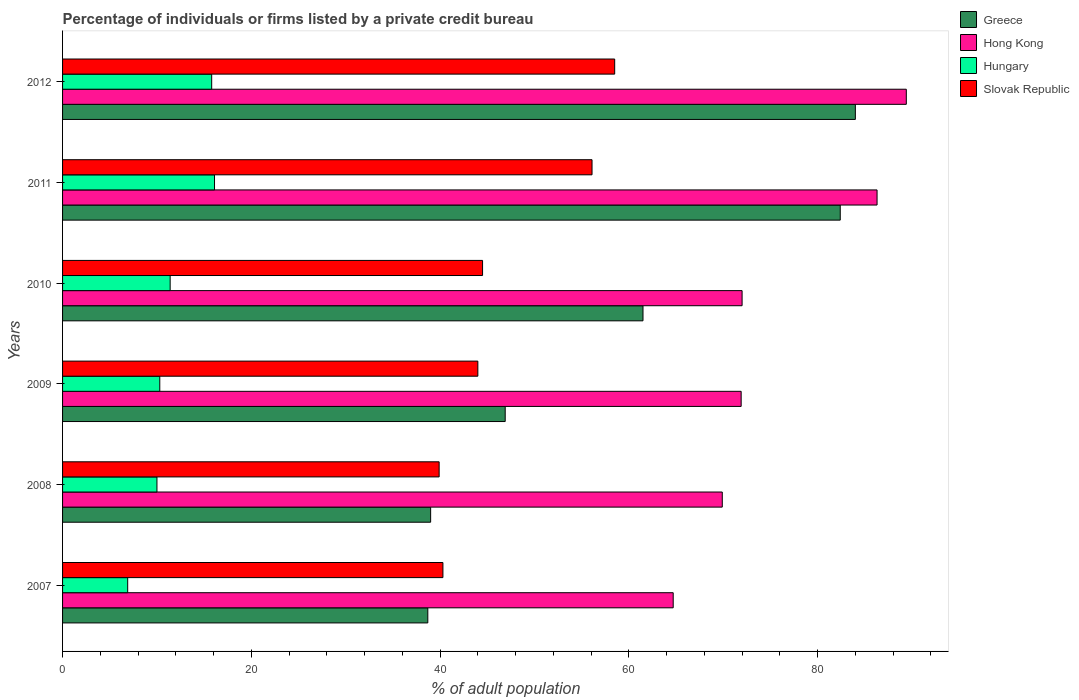
| Years | Greece | Hong Kong | Hungary | Slovak Republic |
 | --- | --- | --- | --- | --- |
 | 2007 | 38.7 | 64.7 | 6.9 | 40.3 |
 | 2008 | 39 | 69.9 | 10 | 39.9 |
 | 2009 | 46.9 | 71.9 | 10.3 | 44 |
 | 2010 | 61.5 | 72 | 11.4 | 44.5 |
 | 2011 | 82.4 | 86.3 | 16.1 | 56.1 |
 | 2012 | 84 | 89.4 | 15.8 | 58.5 |